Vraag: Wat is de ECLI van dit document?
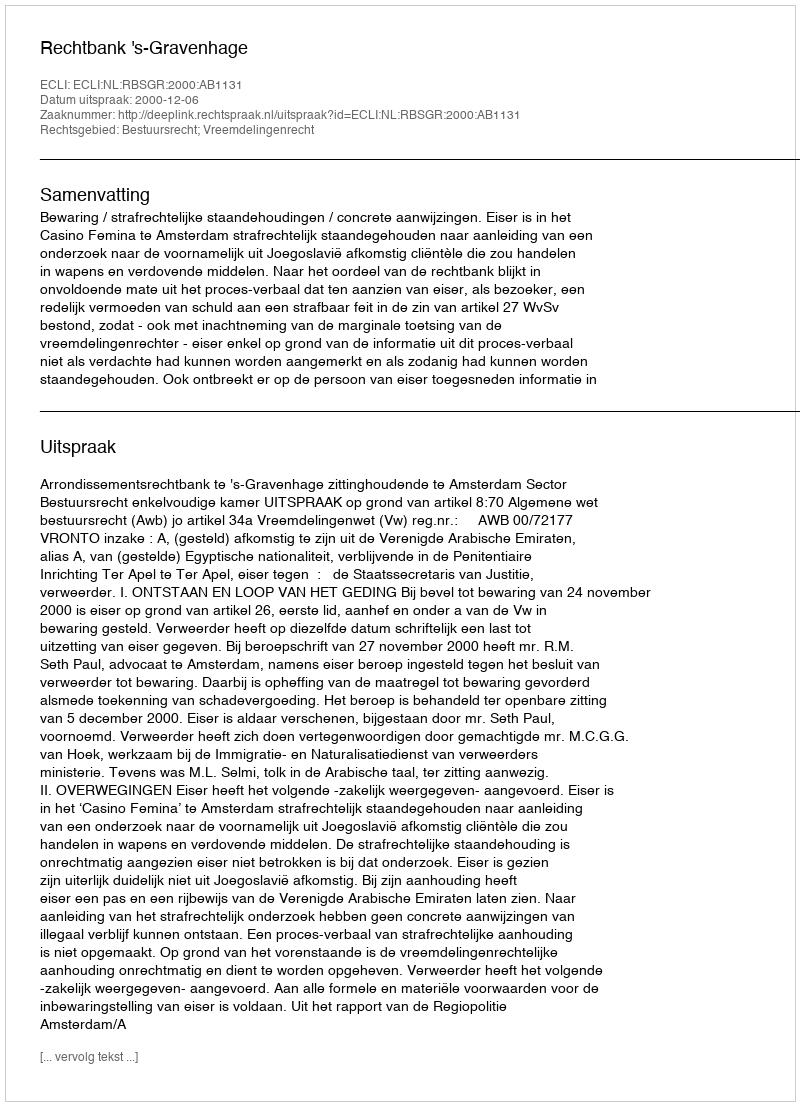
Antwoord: ECLI:NL:RBSGR:2000:AB1131